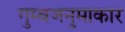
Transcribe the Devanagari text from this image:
गुम्बजनुमाकार